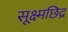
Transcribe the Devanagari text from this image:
सूक्ष्मछिद्र